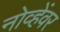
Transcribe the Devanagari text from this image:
नोव्हेंवर